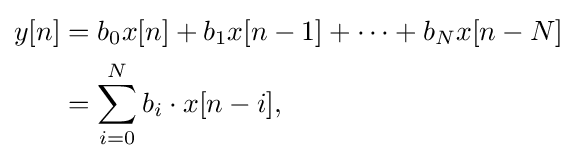
{\begin{aligned}y[n]&=b_{0}x[n]+b_{1}x[n-1]+\cdots +b_{N}x[n-N]\\&=\sum _{i=0}^{N}b_{i}\cdot x[n-i],\end{aligned}}